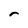
Character: r